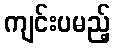
ကျင်းပမည့်